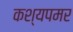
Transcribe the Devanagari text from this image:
कश्यपमर